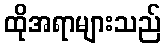
ထိုအရာများသည်